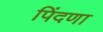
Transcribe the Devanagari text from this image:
पिंदणा